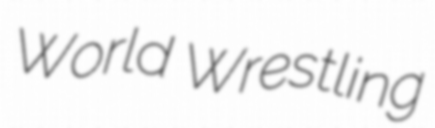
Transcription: World Wrestling